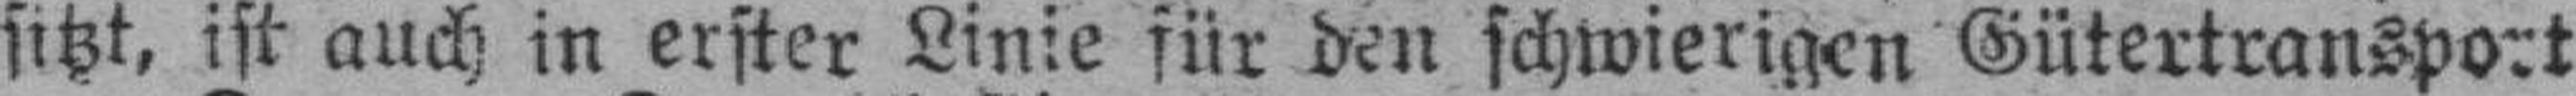
sitzt, ist auch in erster Linie für den schwierigen Gütertransport